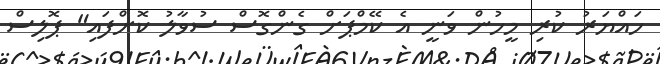
ހައްޔަރު ކުރި މީހުން ވަނީ އެ ކޭމްޕަށް ގެންގޮސް ސުވާލު ކޮށްފައި" ޕޮލިސް